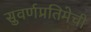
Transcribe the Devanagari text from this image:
सुवर्णप्रतिमेची